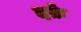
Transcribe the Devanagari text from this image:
दफ़े